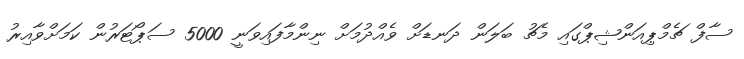
ސާފް ޗެމްޕިއަންޝިޕްގައި މެޗު ބަލަން ދަނޑަށް ވެއްދުމަށް ނިންމާފައިވަނީ 5000 ސަޕޯޓަރުން ކަމަށްވާއިރު